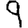
Digit: 9